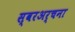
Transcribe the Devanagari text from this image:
स्वरअर्चना